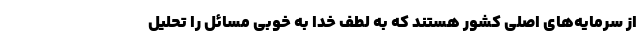
از سرمایه‌های اصلی کشور هستند که به لطف خدا به خوبی مسائل را تحلیل